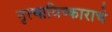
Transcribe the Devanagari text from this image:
नृत्याविष्काराचे